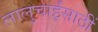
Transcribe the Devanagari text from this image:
लालुचाईंसाठीं